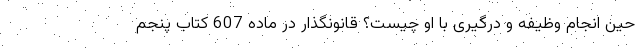
حین انجام وظیفه و درگیری با او چیست؟ قانونگذار در ماده 607 کتاب پنجم